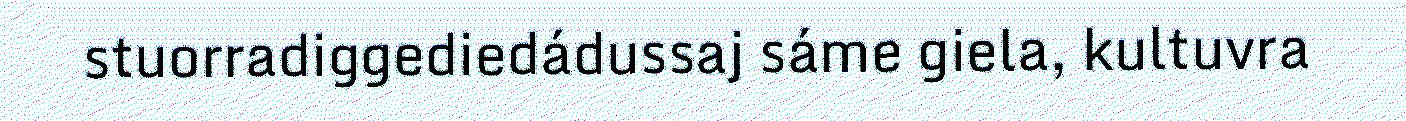
stuorradiggediedádussaj sáme giela, kultuvra